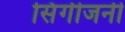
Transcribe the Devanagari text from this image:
सिंगीजनी